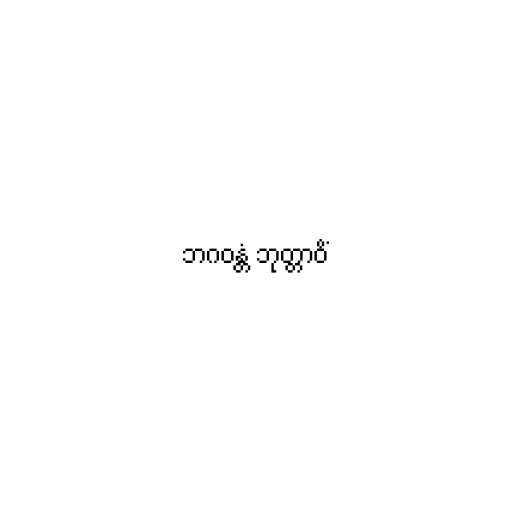
ဘဂဝန္တံ ဘုတ္တာဝိံ